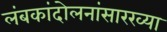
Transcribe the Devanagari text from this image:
लंबकांदोलनांसारख्या